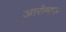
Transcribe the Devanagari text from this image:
आरोमास